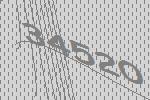
34520